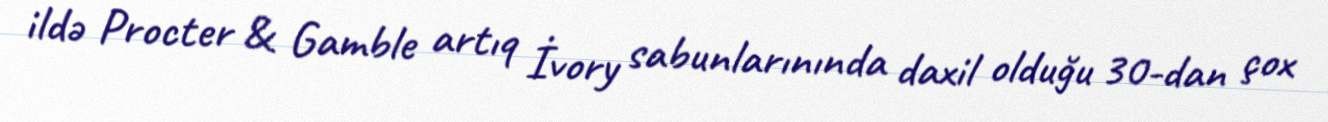
ildə Procter & Gamble artıq İvory sabunlarınında daxil olduğu 30-dan çox